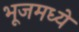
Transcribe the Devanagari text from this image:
भूजमध्ये